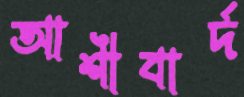
আশীবার্দ